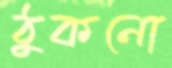
ঠুকনো